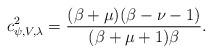
LaTeX: \begin{align*}c^2_{\psi, V,\lambda}=\frac{(\beta+\mu)(\beta-\nu-1)}{(\beta+\mu+1)\beta}.\end{align*}